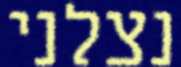
נצלני